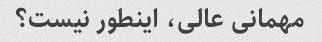
مهمانی عالی، اینطور نیست؟